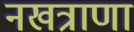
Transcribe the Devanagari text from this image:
नखत्राणा